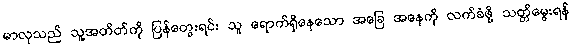
မာလုသည် သူ့အတိတ်ကို ပြန်တွေးရင်း သူ ရောက်ရှိနေသော အခြေ အနေကို လက်ခံဖို့ သတ္တိမွေးရန်